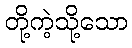
တို့ကဲ့သို့သော